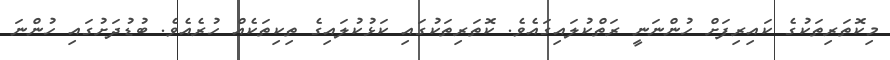
މިކޮތަރިތަކުގެ ކައިރިފަށް ހުންނަނީ ރަތްކުލައިގައެވެ. ކޮތަރިތަކުގައި ކަޅުކުލައިގެ ތިކިތަކެއް ހުރެއެވެ. ބުޑުދަށުގައި ހުންނަ